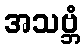
အသဗ္ဘံ